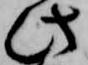
此